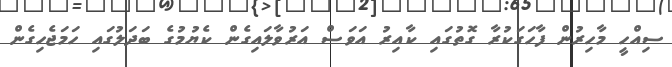
ސިއްހީ މާހިރުން ފާހަގަކުރާ ގޮތުގައި ކާއިރު އަވަސް އަރުވާލައިގެން ކެޔުމުގެ ބަދަލުގައި ހަމަޖެހިގެން